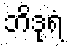
ဘိဒုရံ